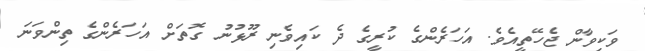
ވަކިވާން ޖެހޭތީއެވެ. އަހަރެންގެ ކުރީގެ ދެ ކައިވެނި ރޫޅުނު ގޮތަށް އަހަރެންގެ ތިންވަނަ